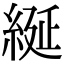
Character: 綖